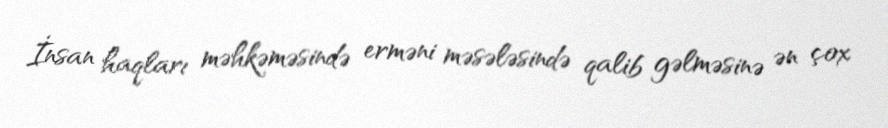
İnsan haqları məhkəməsində erməni məsələsində qalib gəlməsinə ən çox